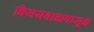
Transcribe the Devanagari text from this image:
विजयवाडापासून